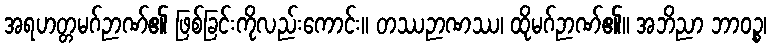
အရဟတ္တမဂ်ဉာဏ်၏ ဖြစ်ခြင်းကိုလည်းကောင်း။ တဿဉာဏဿ၊ ထိုမဂ်ဉာဏ်၏။ အဘိညာ ဘာဝဉ္စ၊